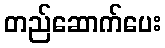
တည်ဆောက်ပေး